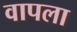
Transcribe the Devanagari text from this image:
वापला